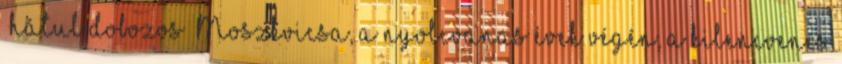
„hátul dobozos” Moszkvicsa, a nyolcvanas évek végén, a kilencvenes